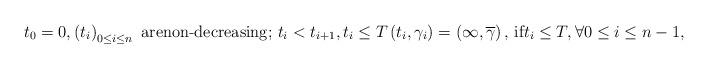
LaTeX: \begin{align*}t_{0}=0,\left( t_{i}\right) _{0\leq i\leq n}\text{ arenon-decreasing; }t_{i}<t_{i+1},t_{i}\leq T\left(t_{i},\gamma_{i}\right) =\left( \infty,\overline{\gamma}\right) \text{, if}t_{i}\leq T,\forall0\leq i\leq n-1, \end{align*}